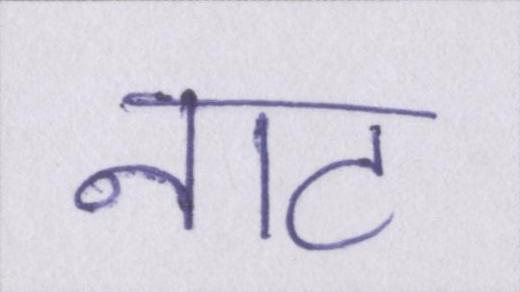
नाट